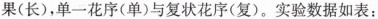
果(长)，单一花序(单)与复状花序(复)。实验数据如表：